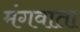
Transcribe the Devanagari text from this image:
मंगवाता